Report on the working of the mental hospitals for Indians in Bihar and Orissa - 1925-1929
Year: 1925
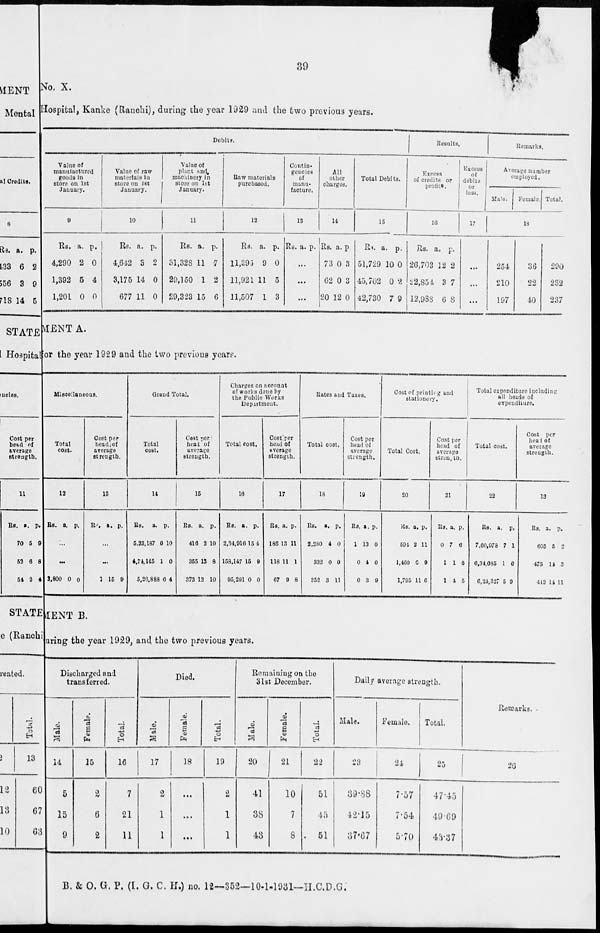
39
No. X.
Hospital, Kanke (Ranchi), during the year 1929 and the two previous years.
Debits.
Value of
manufactured
goods in
store on 1st
January.
9
Rs.
4,290
1,392
1,201
a.
2
5
0
p.
0
4
0
Value of raw
materials in
store on 1st
January.
10
Rs.
4,642
3,175
677
a.
3
14
11
p.
2
0
0
Value of
plant and
machinery in
store on 1st
January.
11
Rs.
31,328
29,150
29,323
a.
11
1
15
p.
7
2
6
Raw materials
purchased.
12
Rs.
11,395
11,921
11,507
a.
9
11
1
p.
0
5
3
Contin-
gencies
of
manu-
facture.
13
Rs. a. p.
...
...
...
All
other
charges.
14
Rs.
73
62
20
a.
0
0
12
p.
3
3
0
Total Debits.
15
Rs.
51,729
45,702
42,730
a.
10
0
7
p.
0
2
9
Results.
Excess
of credits or
profits.
16
Rs.
26,703
22,854
12,988
a.
32
3
6
p.
2
7
8
Excess
of
debits
or
loss.
17
...
...
...
Remarks.
Average number
employed.
Male.
Female. Total.
18
254
210
197
36
22
40
290
232
237
MENT A.
for the year 1929 and the two previous years.
Miscellaneous.
Total
cost.
12
Rs. a. p.
...
...
2,800 0 0
Cost per
head of
average
strength.
13
Rs. a. p.
...
...
1 15 9
Grand Total.
Total
cost.
14
Rs.
5,23,187
4,74, 145
5,26,888
a.
0
1
6
p.
10
0
4
Cost per
head of
average
strength.
15
Rs.
416
355
373
a.
2
13
12
p.
10
8
10
Charges on account
of works done by
the Public Works
Department.
Total cost.
16
Rs.
2,34,916
158,147
95,291
a.
15
15
0
p.
4
9
0
Cost per
head of
average
strength.
17
Rs.
186
118
67
a.
13
11
9
p.
11
1
8
Rates and Taxes.
Total cost.
18
Rs.
2,280
332
352
a.
4
0
3
p.
0
0
11
Cost per
head of
average
strength.
19
Rs.
1
0
0
a.
13
4
3
p.
0
0
9
Cost of printing and
stationery.
Total Cost.
20
Rs.
594
1,460
1,795
a.
2
0
11
p.
11
9
6
Cost per
head of
average
strength.
21
Rs.
0
1
1
a.
7
1
4
p.
6
6
5
Total expenditure including
all heads of
expenditure.
Total cost.
22
Rs.
7,60,978
6,34,085
6,24,327
a.
7
1
5
p.
1
6
9
Cost per
head of
average
strength.
23
Rs.
605
475
412
a.
5
14
14
p.
3
3
11
MENT B.
during the year 1929, and the two previous years.
Discharged and
transferred.
Male.
14
5
15
9
Female.
15
2
6
2
Total.
16
7
21
11
Died.
Male.
17
2
1
1
Female.
18
...
...
...
Total.
19
2
1
1
Remaining on the
31st December.
Male.
20
41
38
43
Female.
21
10
7
8
Total.
22
51
45
51
Daily average strength.
Male.
23
39.88
42.15
37.67
Female.
24
7.57
7.54
5.70
Total.
25
47.45
49.69
43.37
Remarks.
26
B. & O. G. P. (I. G. C. H.) no. 12—352—10-1-1931—H.C.D.G.